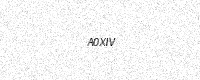
Text: A0XIV